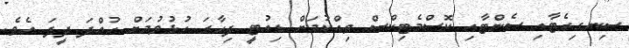
ސިނގިރެޓާއި ސެންޓާއި ކޮސްމެޓިކްސް ވިއްކުމަށް ޑިއުޓީ ފިހާރަ ހުޅުވުމަށް ހުއްދަ ދީފަ އެވެ.